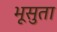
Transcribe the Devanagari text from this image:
भूसुता